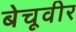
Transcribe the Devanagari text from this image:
बेचूवीर